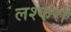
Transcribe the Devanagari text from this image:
लश्करों